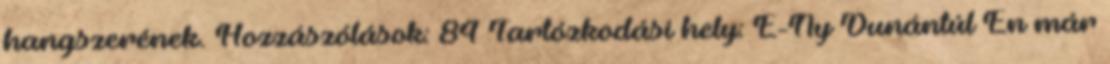
hangszerének. Hozzászólások: 84 Tartózkodási hely: É-Ny Dunántúl Én már